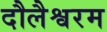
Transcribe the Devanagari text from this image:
दौलैश्वरम